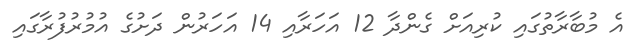
އެ މުބާރާތުގައި ކުރިއަށް ގެންދާ 12 އަހަރާއި 14 އަހަރުން ދަށުގެ އުމުރުފުރާގައި